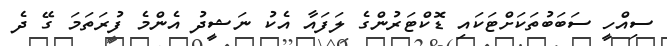
ސިއްހީ ސަބަބުތަކަށްޓަކައި ޑޮކްޓަރުންގެ ލަފައާ އެކު ނަޝީދު އެންމެ ފުރަތަމަ ގޭ ދެ